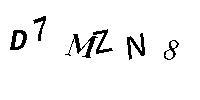
D7MZN8